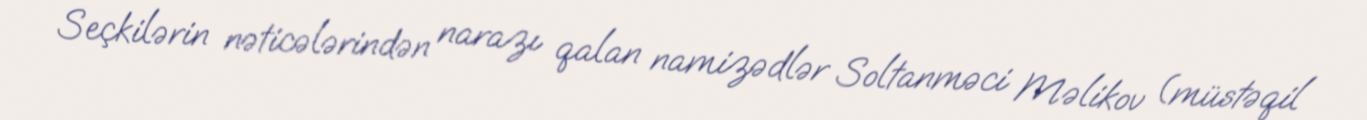
Seçkilərin nəticələrindən narazı qalan namizədlər Soltanməci Məlikov (müstəqil